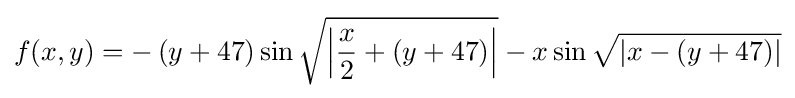
f(x,y)=-\left(y+47\right)\sin {\sqrt {\left|{\frac {x}{2}}+\left(y+47\right)\right|}}-x\sin {\sqrt {\left|x-\left(y+47\right)\right|}}